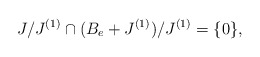
\begin{align*}J/J^{(1)}\cap (B_e+J^{(1)})/J^{(1)}=\{0\},\end{align*}